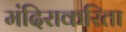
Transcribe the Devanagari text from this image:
मंदिराकरिता